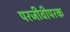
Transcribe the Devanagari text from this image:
परजीवीपरक